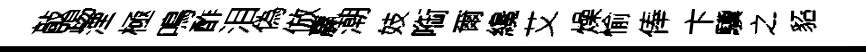
敲踢湮極鳴酢泪偽倣贏潮妓㗸爾纔艾燥愉俸卞驥之貂